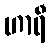
ဟာရီ